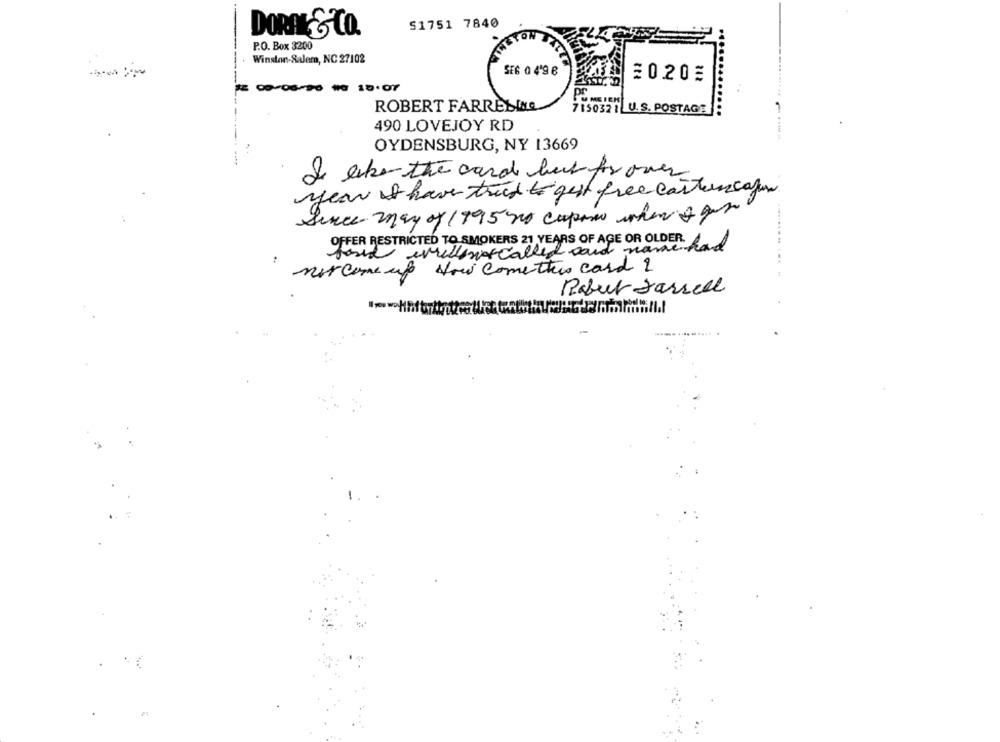
51751 7840
DORAK& CO.
P.O. Box 3200
Winston-Salem, NC 27102
SE6 0 4'9 €
≡0205
1 806-20 10 15.07
ROBERT FARRESINA
7150321 U. S. POSTAGE
490 LOVEJOY RD
OYDENSBURG, NY 13669
I like the card back for over
year & have tried to get free cartun cafun
Since may of 1995 no capano when + por
OFFER RESTRICTED TO SMOKERS 21 YEARS OF AGE OR OLDER.
ford willen called said name had
nor come up Now Comettis card ?
Robert Jarrell